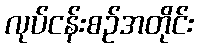
လုပ်ငန်းစဉ်အတိုင်း